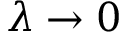
\lambda \to 0